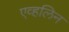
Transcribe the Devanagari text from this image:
एव्हलिन